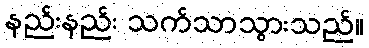
နည်းနည်း သက်သာသွားသည်။